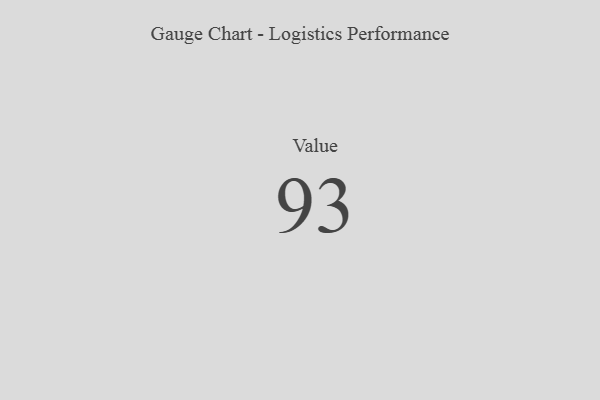
{"axis": {"x": "Metric", "y": "Value"}, "legend": [""], "data": [{"x": "Value", "y": 93, "type": ""}]}